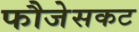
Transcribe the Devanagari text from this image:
फौजेसकट